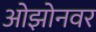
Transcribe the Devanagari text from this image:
ओझोनवर